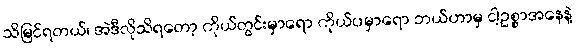
သိမြင်ရတယ်၊ အဲဒီလိုသိရတော့ ကိုယ်တွင်းမှာရော ကိုယ်ပမှာရော ဘယ်ဟာမှ ငါ့ဥစ္စာအနေနဲ့